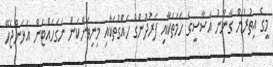
މީގެ އިތުރުން ގާނޫނު އަސާސީގެ ހަމަތަކާއި ފަރުދުންގެ ހައްގުތަކާއި މިނިވަންކަން ނަގަހައްޓަން އަޅަންޖެހޭ